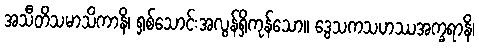
အသီတိသမာသိကာနိ၊ ရှစ်သောင်းအလွန်ရှိကုန်သော။ ဒွေသကသဟဿအက္ခရာနိ၊